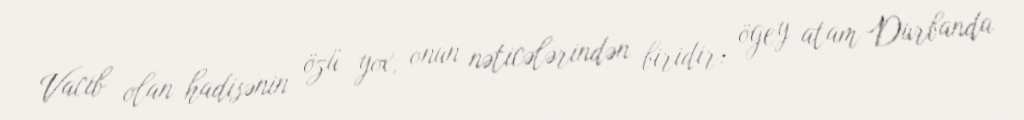
Vacib olan hadisənin özü yox, onun nəticələrindən biridir: ögey atam Durbanda